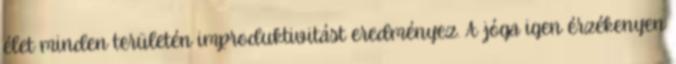
élet minden területén improduktivitást eredményez. A jóga igen érzékenyen